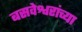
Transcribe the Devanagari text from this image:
बसवेश्वरांच्या